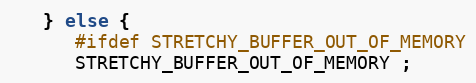
Language: C
   } else {
      #ifdef STRETCHY_BUFFER_OUT_OF_MEMORY
      STRETCHY_BUFFER_OUT_OF_MEMORY ;